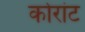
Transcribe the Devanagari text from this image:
कोरांट